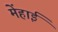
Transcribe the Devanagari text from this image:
मेंहाई